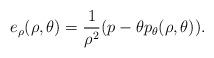
LaTeX: \begin{align*}e_\rho(\rho,\theta)=\frac{1}{\rho^2}(p-\theta p_\theta(\rho,\theta)).\end{align*}